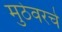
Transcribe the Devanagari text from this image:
मुठेवरचे